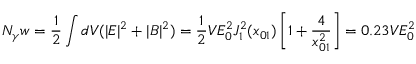
N _ { \gamma } w = \frac { 1 } { 2 } \int d V ( | { \cal { E } } | ^ { 2 } + | { \cal { B } } | ^ { 2 } ) = \frac { 1 } { 2 } V { \cal { E } } _ { 0 } ^ { 2 } J _ { 1 } ^ { 2 } ( x _ { 0 1 } ) \left[ 1 + \frac { 4 } { x _ { 0 1 } ^ { 2 } } \right] = 0 . 2 3 V { \cal E } _ { 0 } ^ { 2 }